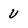
Character: u